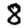
Digit: 8